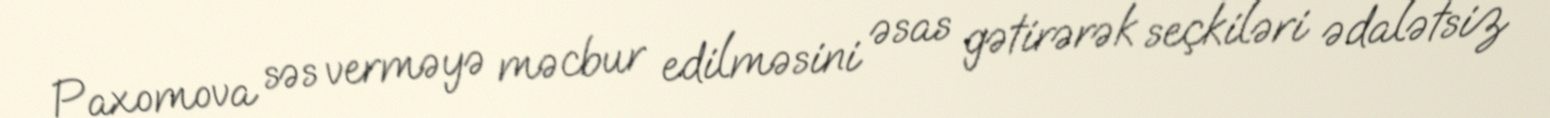
Paxomova səs verməyə məcbur edilməsini əsas gətirərək seçkiləri ədalətsiz